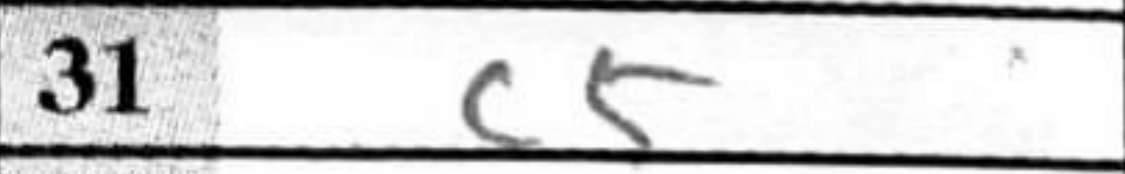
Transcription: c5